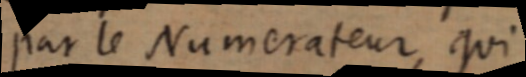
par le Numérateur, qui